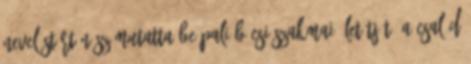
neveléstörténész mutatta be Pali bácsi szakmai életútját. A család